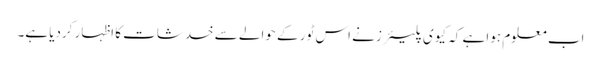
اب معلوم ہوا ہے کہ کیوی پلیئرز نے اس ٹور کے حوالے سے خدشات کا اظہار کردیا ہے۔